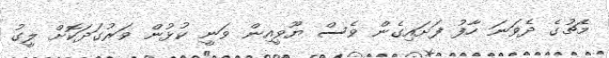
މެޗުގެ ދެވަނަ ހާފު ފަށައިގެން ވެސް ޔޫވީއިން ވަނީ ކުޅުން ވަރުގަދަކޮށް ލީގު